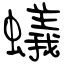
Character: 蟻